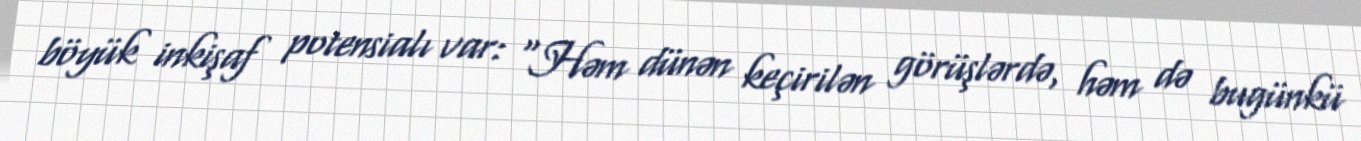
böyük inkişaf potensialı var: “Həm dünən keçirilən görüşlərdə, həm də bugünkü